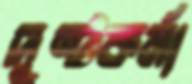
দুষ্টকর্মা